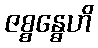
ဇစ္စန္ဓေဟိ